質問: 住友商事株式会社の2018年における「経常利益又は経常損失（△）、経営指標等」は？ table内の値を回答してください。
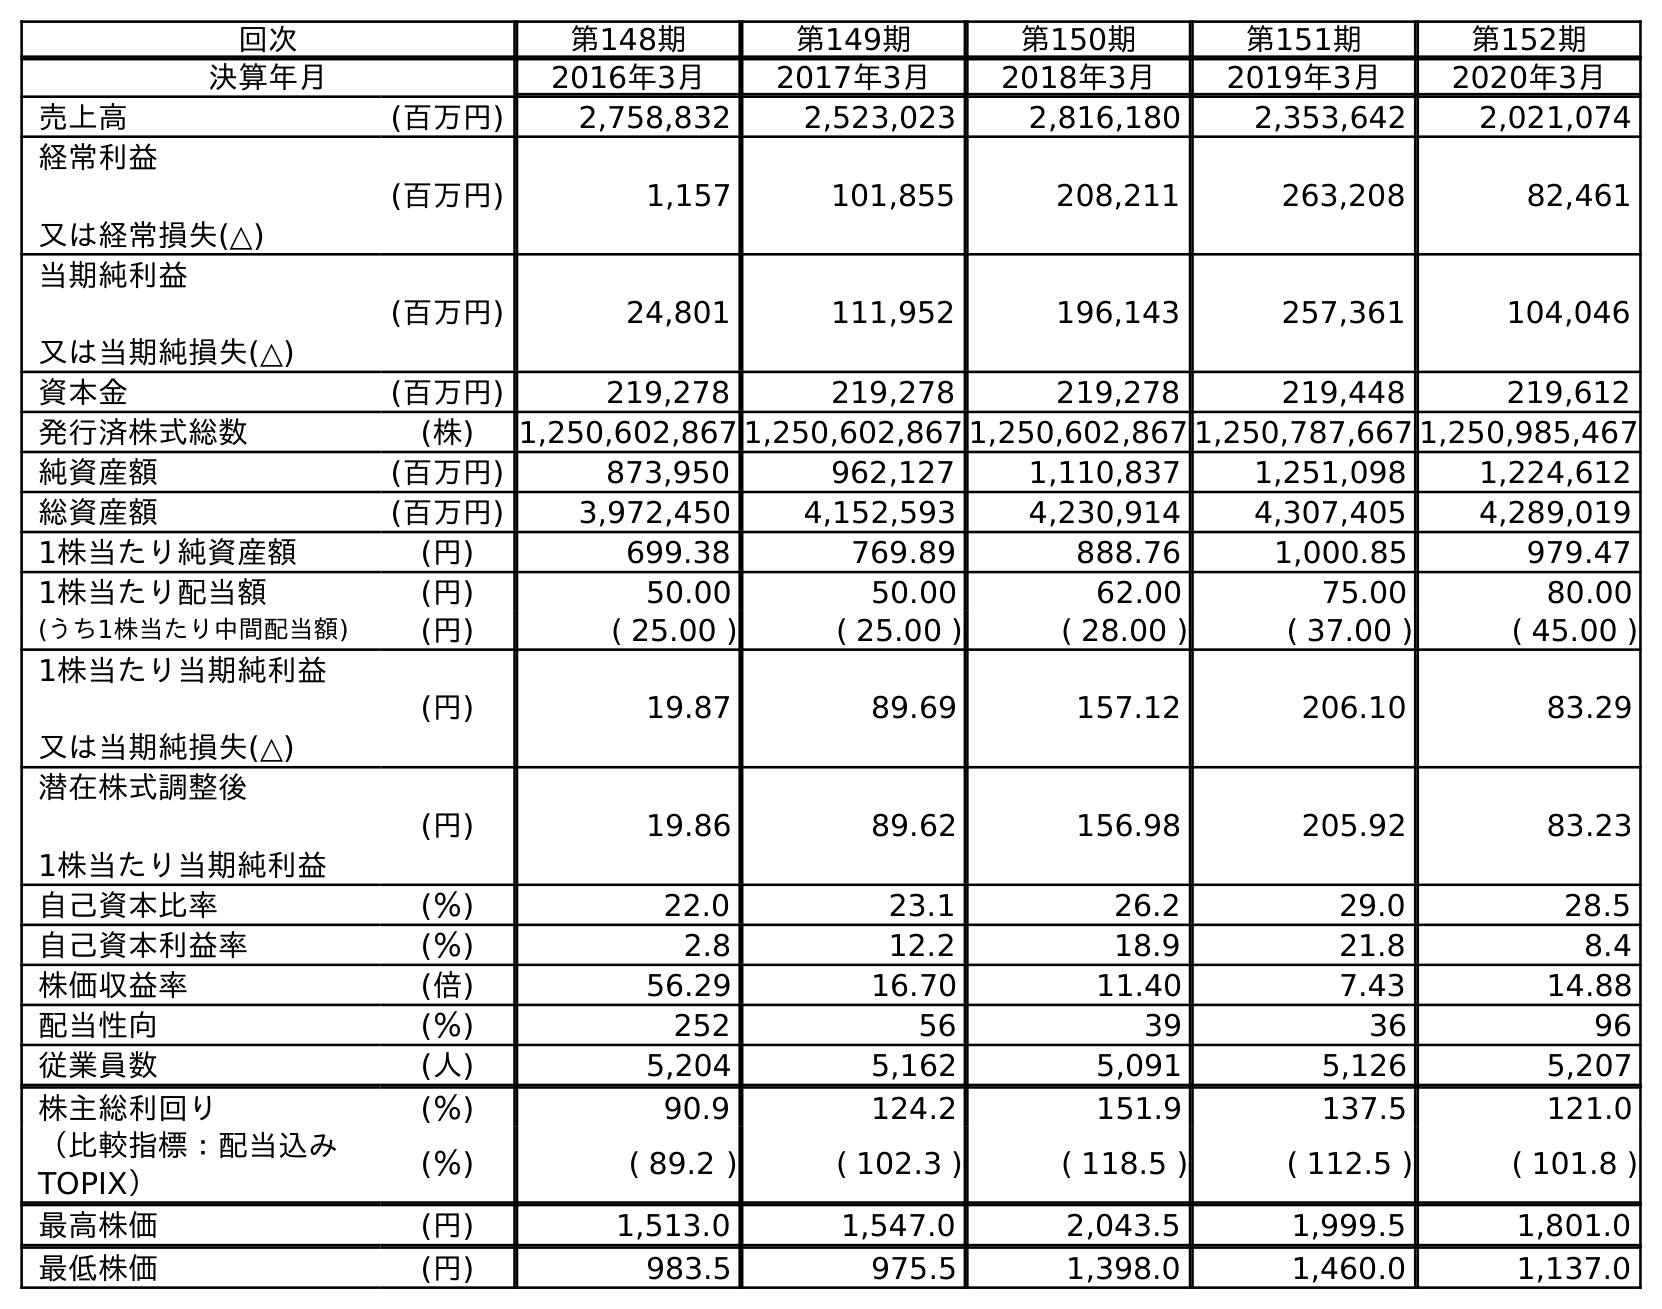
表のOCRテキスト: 回次 第148期 第149期 第150期 第151期 第152期 決算年月 2016年3月 2017年3月 2018年3月 2019年3月 2020年3月 売上高 (百万円) 2,758,832 2,523,023 2,816,180 2,353,642 2,021,074 経常利益 又は経常損失(△) (百万円) 1,157 101,855 208,211 263,208 82,461 当期純利益 又は当期純損失(△) (百万円) 24,801 111,952 196,143 257,361 104,046 資本金 (百万円) 219,278 219,278 219,278 219,448 219,612 発行済株式総数 (株) 1,250,602,867 1,250,602,867 1,250,602,867 1,250,787,667 1,250,985,467 純資産額 (百万円) 873,950 962,127 1,110,837 1,251,098 1,224,612 総資産額 (百万円) 3,972,450 4,152,593 4,230,914 4,307,405 4,289,019 1株当たり純資産額 (円) 699.38 769.89 888.76 1,000.85 979.47 1株当たり配当額 (円) 50.00 50.00 62.00 75.00 80.00 (うち1株当たり中間配当額) (円) ( 25.00 ) ( 25.00 ) ( 28.00 ) ( 37.00 ) ( 45.00 ) 1株当たり当期純利益 又は当期純損失(△) (円) 19.87 89.69 157.12 206.10 83.29 潜在株式調整後 1株当たり当期純利益 (円) 19.86 89.62 156.98 205.92 83.23 自己資本比率 (％) 22.0 23.1 26.2 29.0 28.5 自己資本利益率 (％) 2.8 12.2 18.9 21.8 8.4 株価収益率 (倍) 56.29 16.70 11.40 7.43 14.88 配当性向 (％) 252 56 39 36 96 従業員数 (人) 5,204 5,162 5,091 5,126 5,207 株主総利回り (％) 90.9 124.2 151.9 137.5 121.0 （比較指標：配当込み TOPIX） (％) ( 89.2 ) ( 102.3 ) ( 118.5 ) ( 112.5 ) ( 101.8 ) 最高株価 (円) 1,513.0 1,547.0 2,043.5 1,999.5 1,801.0 最低株価 (円) 983.5 975.5 1,398.0 1,460.0 1,137.0
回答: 208,211